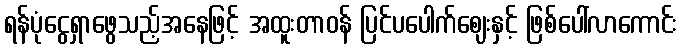
ရန်ပုံငွေရှာဖွေသည့်အနေဖြင့် အထူးတာဝန် ပြင်ပပေါက်ဈေးနှင့် ဖြစ်ပေါ်လာကောင်း